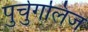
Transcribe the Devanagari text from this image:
पुर्चुगलिज